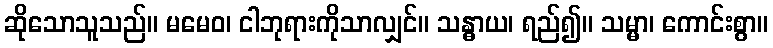
ဆိုသောသူသည်။ မမေဝ၊ ငါဘုရားကိုသာလျှင်။ သန္ဓာယ၊ ရည်၍။ သမ္မာ၊ ကောင်းစွာ။